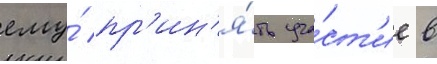
ему́ пр'ин'я́ть уча́ст'ие в